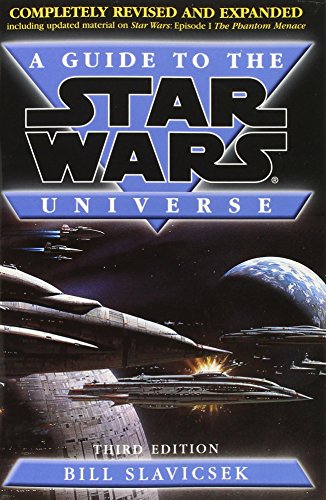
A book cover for A Guide to the Star Wars Universe; Bill Slavicsek; Humor & Entertainment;